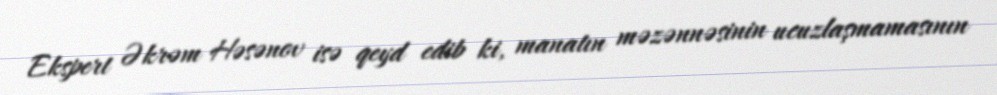
Ekspert Əkrəm Həsənov isə qeyd edib ki, manatın məzənnəsinin ucuzlaşmamasının